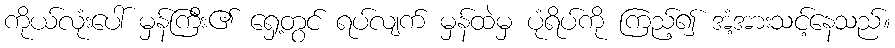
ကိုယ်လုံးပေါ် မှန်ကြီး၏ ရှေ့တွင် ရပ်လျက် မှန်ထဲမှ ပုံရိပ်ကို ကြည့်၍ အံ့အားသင့်နေသည်။